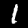
Label: 1